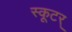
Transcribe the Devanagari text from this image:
स्कूटर्